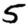
Digit: 5